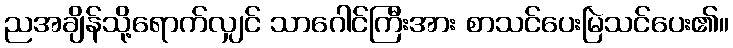
ညအချိန်သို့ရောက်လျှင် သာဂေါင်ကြီးအား စာသင်ပေးမြဲသင်ပေး၏။